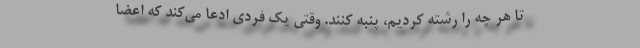
تا هر چه را رشته کردیم، پنبه کنند. وقتی یک فردی ادعا می‌کند که اعضا